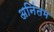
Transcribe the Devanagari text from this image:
अनिंतम